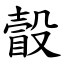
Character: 瞉